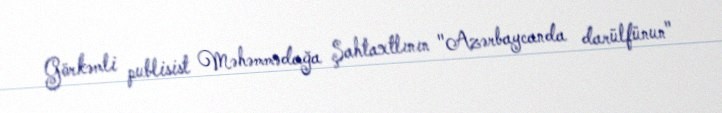
Görkəmli publisist Məhəmmədağa Şahtaxtlının "Azərbaycanda darülfünun"